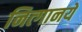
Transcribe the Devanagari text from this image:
नित्‍गानये